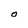
Character: O